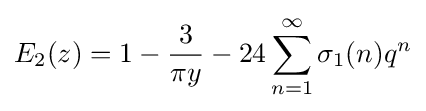
E_{2}(z)=1-{\frac {3}{\pi y}}-24\sum _{n=1}^{\infty }\sigma _{1}(n)q^{n}